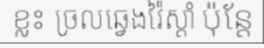
ខ្លះ ច្រលឆ្វេងវ៉ៃស្តាំ ប៉ុន្តែ